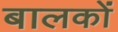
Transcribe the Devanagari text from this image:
बालकोंं